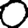
Digit: 0